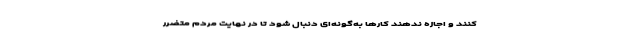
کنند و اجازه ندهند کارها به‌گونه‌ای دنبال شود تا در نهایت مردم متضرر